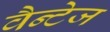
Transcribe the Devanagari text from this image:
वैन्टेज